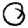
Digit: 0